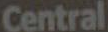
Central